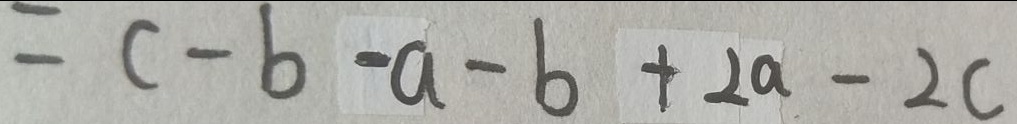
= c - b - a - b + 2 a - 2 c